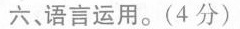
六、语言运用。(4分)